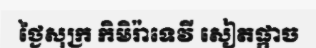
ថ្ងៃសុក្រ កិមិរ៉ាទេវី សៀតផ្កាច